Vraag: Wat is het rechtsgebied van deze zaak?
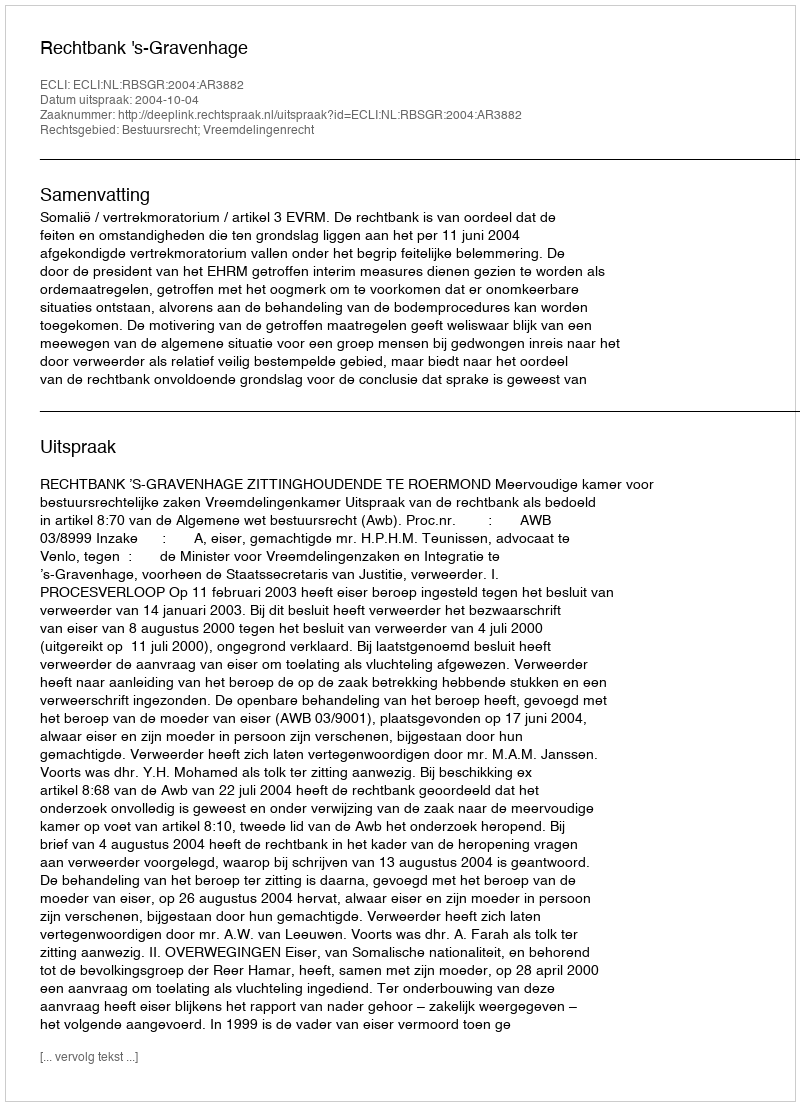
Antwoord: Bestuursrecht; Vreemdelingenrecht